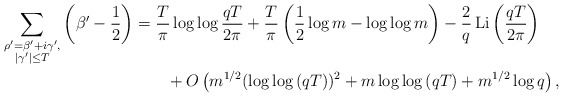
\begin{align*}\sum_{\substack{\rho' = \beta' + i\gamma',\\ |\gamma'| \leq T}} \left( \beta' - \frac{1}{2} \right)&= \frac{T}{\pi} \log{\log{\frac{qT}{2\pi}}} + \frac{T}{\pi} \left( \frac{1}{2} \log{m} - \log{\log{m}} \right) - \frac{2}{q} \operatorname{Li}\left( \frac{qT}{2\pi} \right) \\&\quad\quad+ O\left( m^{1/2}(\log{\log{(qT)}})^2 + m\log{\log{(qT)}} + m^{1/2}\log{q} \right),\end{align*}